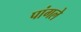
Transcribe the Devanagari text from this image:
पांगले